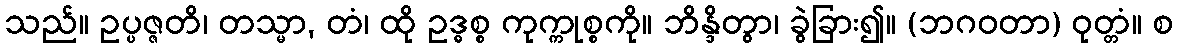
သည်။ ဥပ္ပဇ္ဇတိ၊ တသ္မာ, တံ၊ ထို ဥဒ္ဓစ္စ ကုက္ကုစ္စကို။ ဘိန္ဒိတွာ၊ ခွဲခြား၍။ (ဘဂဝတာ) ဝုတ္တံ။ စ